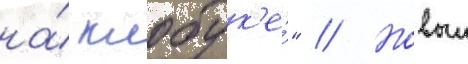
на́ клобук'е́" // Новыи